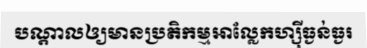
បណ្តាលឲ្យមានប្រតិកម្មអាល្លែកហ្ស៊ីធ្ងន់ធ្ងរ